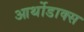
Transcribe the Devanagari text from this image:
आर्थोडाक्स